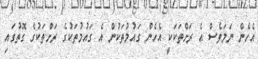
އެހެން ނަމަވެސް އެ ރަށްތަކަކީ އެހެން ގައުމުތަކުން އެ ގައުމުތަކުގެ ރަށްތަކުގެ ގޮތުގައި